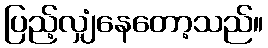
ပြည့်လျှံနေတော့သည်။